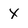
Character: X